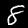
Label: 8